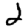
Digit: 2